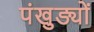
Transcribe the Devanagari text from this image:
पंखुङ्यों